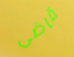
قاضى